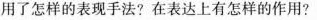
用了怎样的表现手法?在表达上有怎样的作用?